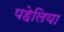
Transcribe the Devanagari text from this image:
पहेलिया